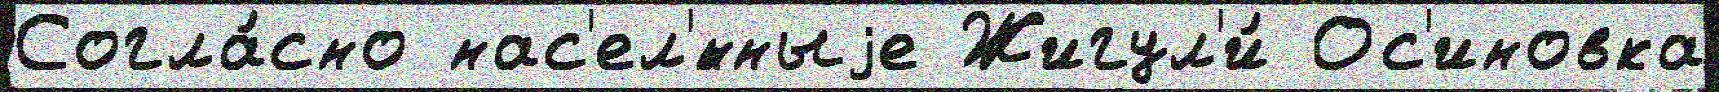
Согла́сно нас'ел'́нныjе Жигул'и́ Ос'иновка